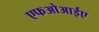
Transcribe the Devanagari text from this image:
एफओआईए